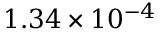
1 . 3 4 \times 1 0 ^ { - 4 }